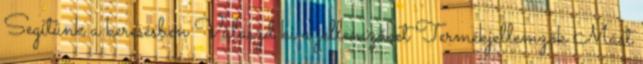
Segítünk a keresésben Válaszd ki a jellemzőket Termékjellemzők Mást